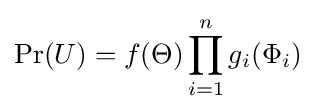
\Pr(U)=f(\Theta )\prod _{i=1}^{n}g_{i}(\Phi _{i})